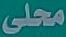
محلى